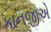
કાનજીએ